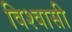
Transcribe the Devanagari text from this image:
विश्‍वासी